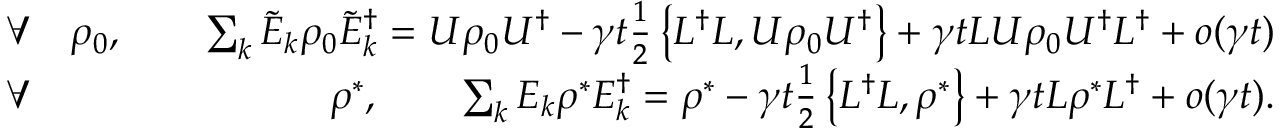
\begin{array} { r l r } & { \forall } & { \rho _ { 0 } , \qquad \sum _ { k } \tilde { E } _ { k } \rho _ { 0 } \tilde { E } _ { k } ^ { \dag } = U \rho _ { 0 } U ^ { \dag } - \gamma t \frac { 1 } { 2 } \left\{ L ^ { \dag } L , U \rho _ { 0 } U ^ { \dag } \right\} + \gamma t L U \rho _ { 0 } U ^ { \dag } L ^ { \dag } + o ( \gamma t ) } \\ & { \forall } & { \rho ^ { * } , \qquad \sum _ { k } E _ { k } \rho ^ { * } E _ { k } ^ { \dag } = \rho ^ { * } - \gamma t \frac { 1 } { 2 } \left\{ L ^ { \dag } L , \rho ^ { * } \right\} + \gamma t L \rho ^ { * } L ^ { \dag } + o ( \gamma t ) . } \end{array}